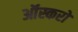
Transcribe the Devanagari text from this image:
ऑस्करों